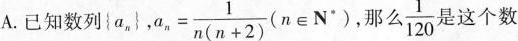
A.已知数列\left{a_{n} \right}，$$a _ { n } = \frac { 1 } { n ( n + 2 ) }$$(n \in N^{*})，那么\frac{1}{120}是这个数